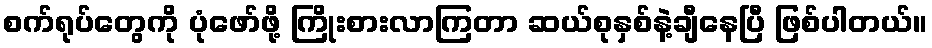
စက်ရုပ်တွေကို ပုံဖော်ဖို့ ကြိုးစားလာကြတာ ဆယ်စုနှစ်နဲ့ချီနေပြီ ဖြစ်ပါတယ်။